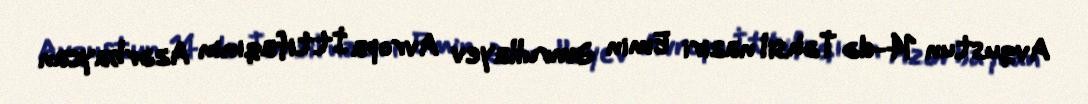
Avqustun 14-də Təhsil naziri Emin Əmrullayev Avropa İttifaqının Azərbaycan